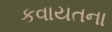
કવાયતના